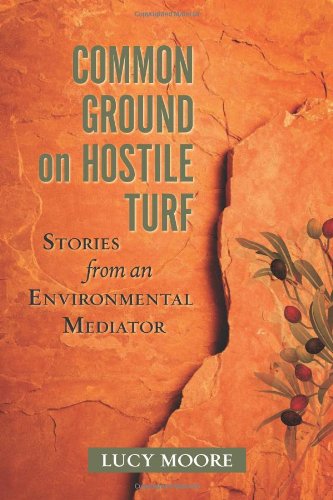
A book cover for Common Ground on Hostile Turf: Stories from an Environmental Mediator; Lucy Moore; Business & Money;